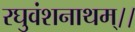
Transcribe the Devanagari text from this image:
रघुवंशनाथम्।।